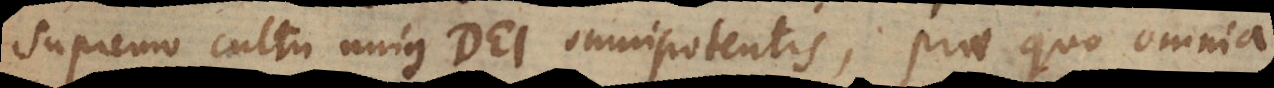
supremo cultu unius Dei omnipotentis, prae quo omnia